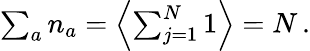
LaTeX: \begin{array}{r}{\sum_{a}n_{a}={\left\langle{\sum_{j=1}^{N}1}\right\rangle}=N\, .}\end{array}